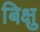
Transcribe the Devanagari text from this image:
बिक्षु